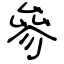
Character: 參